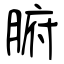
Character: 腑